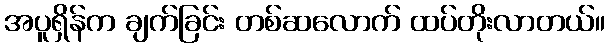
အပူရှိန်က ချက်ခြင်း တစ်ဆလောက် ထပ်တိုးလာတယ်။